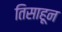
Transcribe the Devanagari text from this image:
तिसाहून